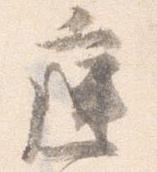
庭